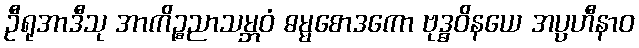
ဦရုအာဒီသု အာကိဉ္စညာသမ္ဘဝံ ဓမ္မစောဒကော ဗုဒ္ဓဝိနယေ အပ္ပဟီနာဝ